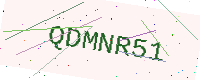
Text: QDMNR51